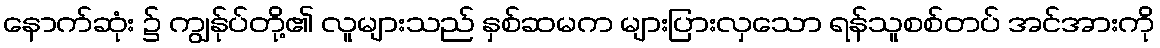
နောက်ဆုံး ၌ ကျွန်ုပ်တို့၏ လူများသည် နှစ်ဆမက များပြားလှသော ရန်သူစစ်တပ် အင်အားကို